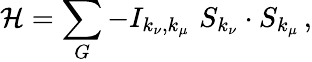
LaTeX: {\mathcal{H}}=\sum_{G}-I_{k_{\nu},k_{\mu}}\, \, S_{k_{\nu}}\cdot S_{k_{\mu}}\, ,